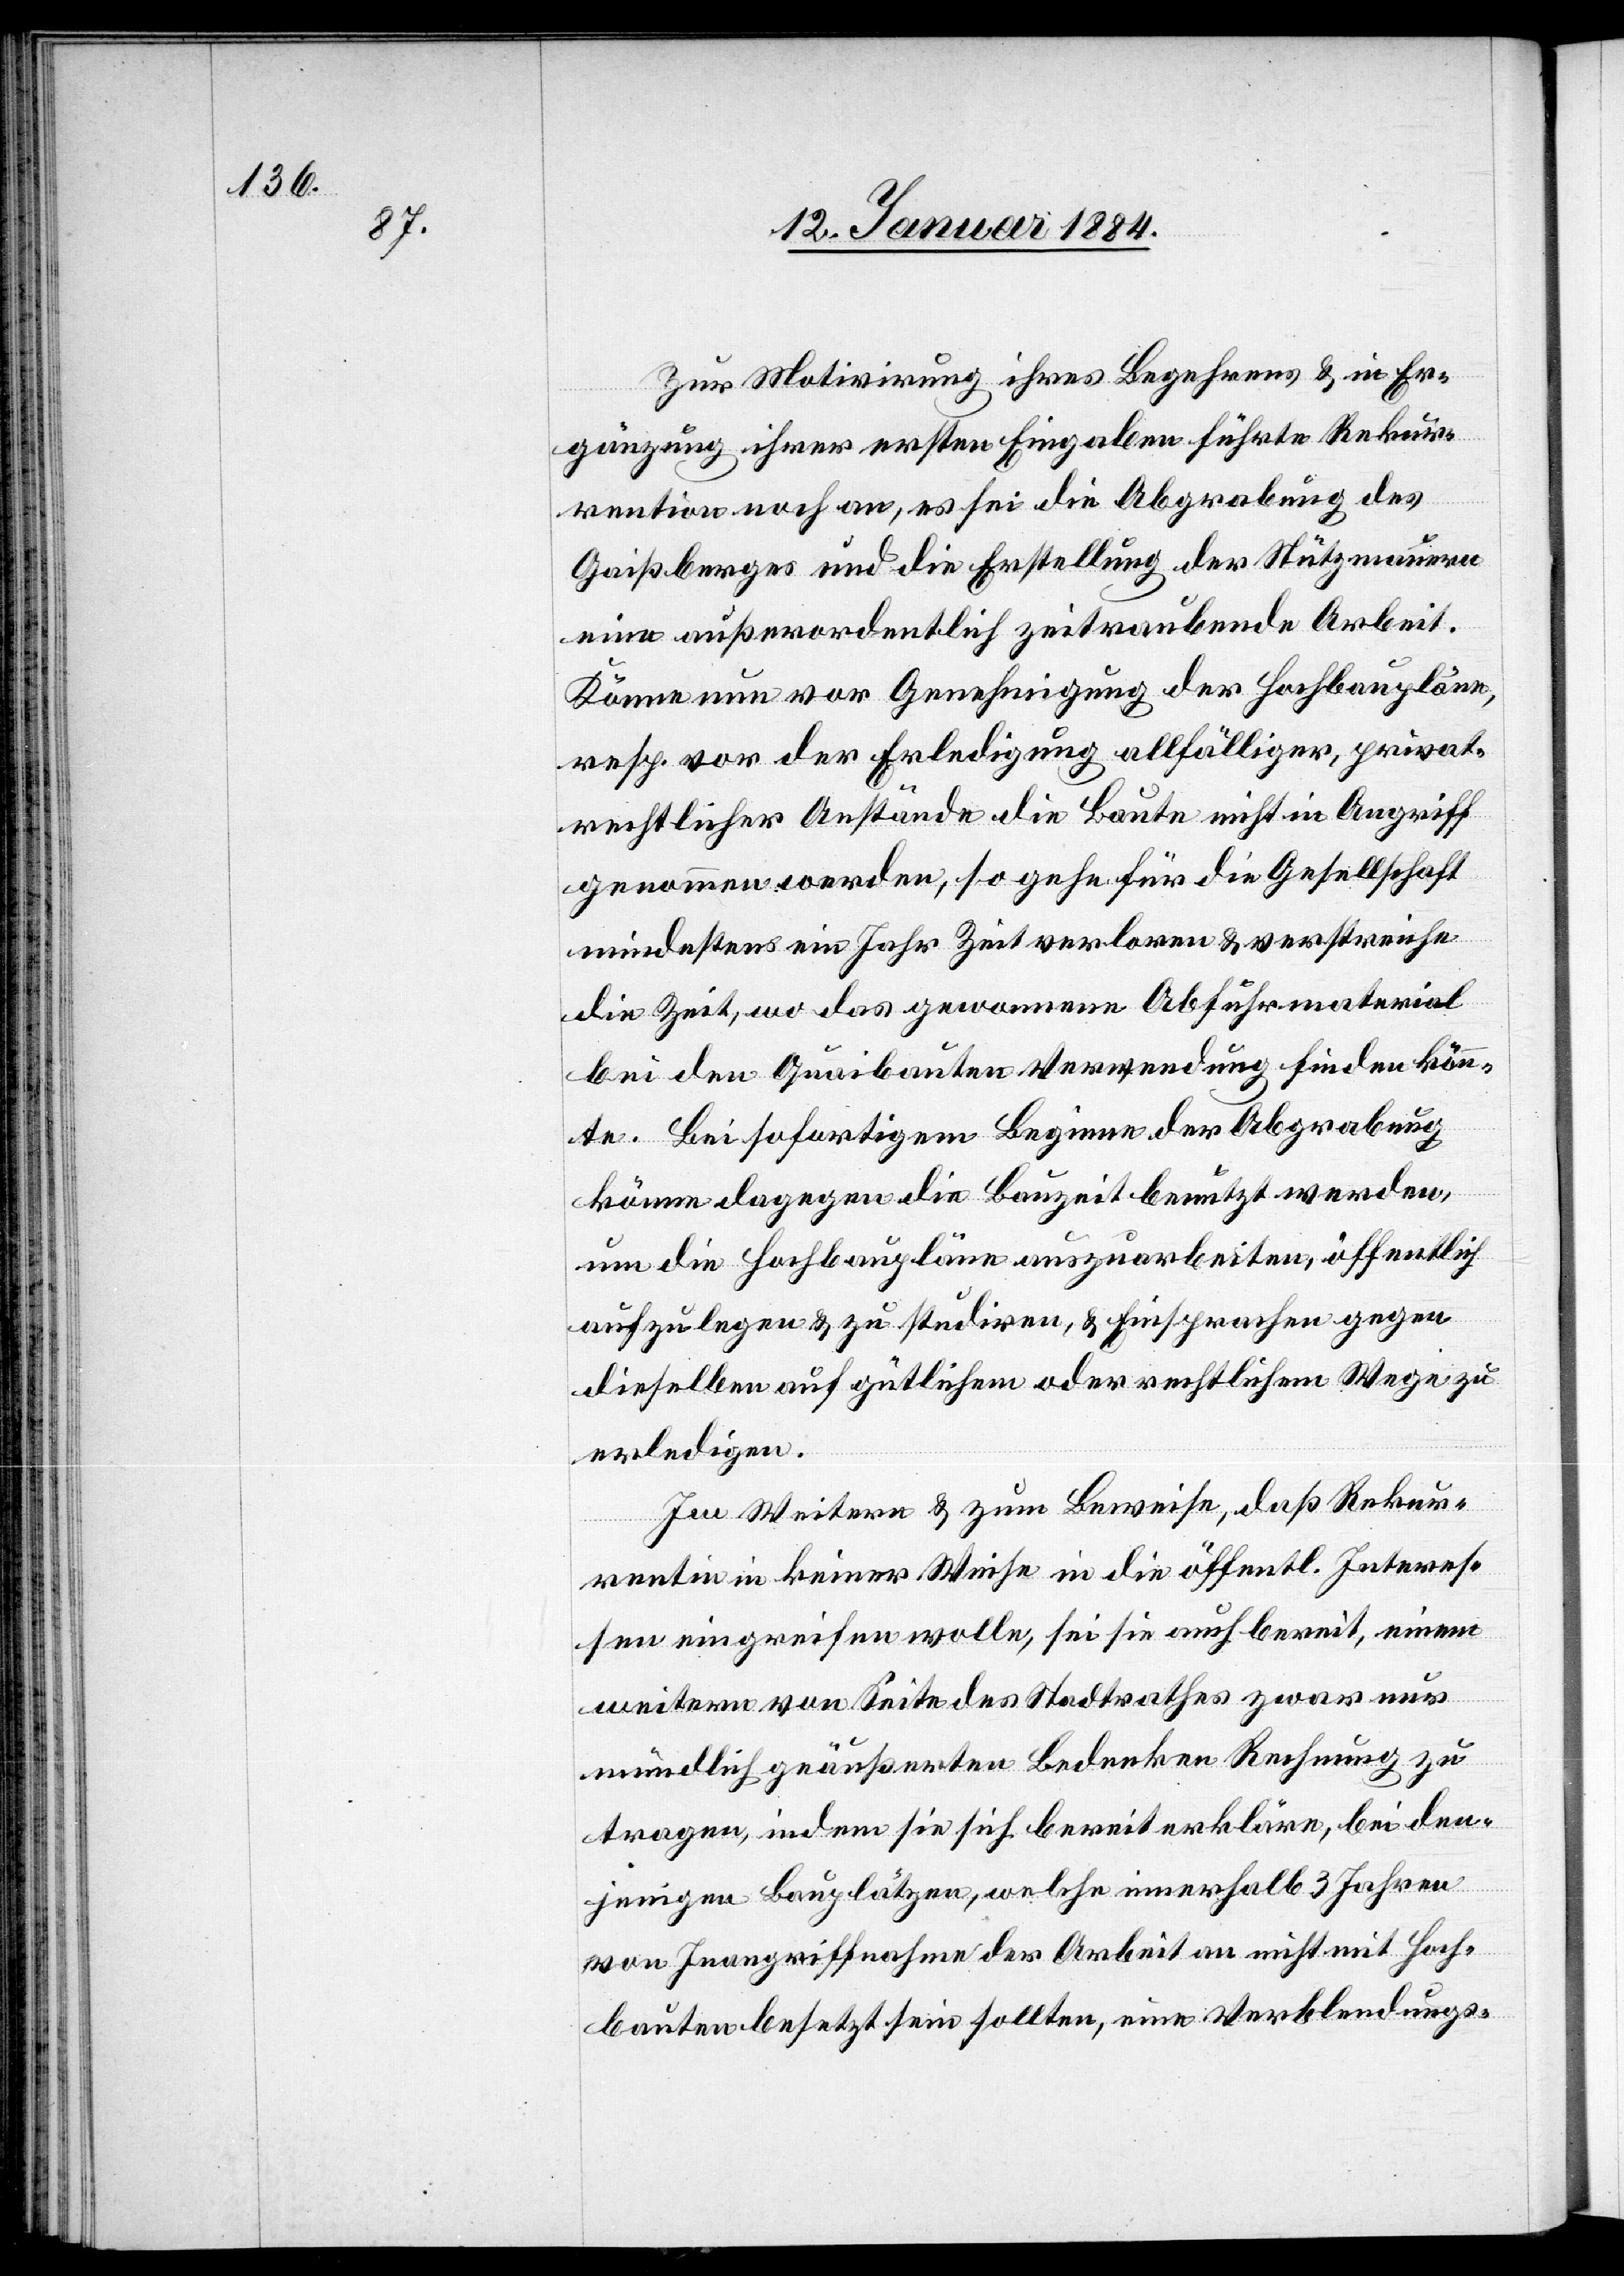
Zur Motivierung ihres Begehrens & in Er¬
gänzung ihrer ersten Eingabe führte Rekur¬
rention [sic!] noch an, es sei die Abgrabung des
Gaißberges und die Erstellung der Stützmauern
eine außerordentlich zeitraubende Arbeit.
Könne nun vor Genehmigung der Hochbaupläne,
resp. vor der Erledigung allfälliger, privat¬
rechtlicher Anstände die Baute nicht in Angriff
genommen werden, so gehe für die Gesellschaft
mindestens ein Jahr Zeit verloren & verstreiche
die Zeit, wo das genommene Abfuhrmaterial
bei den Quaibauten Verwendung finden könn¬
te. Bei sofortigem Beginn der Abgrabung
könne dagegen die Bauzeit benutzt werden,
um die Hochbaupläne auszuarbeiten, öffentlich
aufzulegen & zu studiren, & Einsprachen gegen
dieselben auf gütlichem oder rechtlichem Wege zu
erledigen.
Im Weitern & zum Beweise, daß Rekur¬
rentin in keiner Weise in die öffentl. Interes¬
sen eingreifen wolle, sei sie auch bereit, einem
weitern von Seite des Stadtrathes zwar nur
mündlich geäußerten Bedenken Rechnung zu
tragen, indem sie sich bereit erkläre, bei den¬
jenigen Bauplätzen, welche innerhalb 3 Jahren
von Inangriffnahme der Arbeit an nicht mit Hoch¬
bauten besetzt sein sollten, eine Verblendungs-